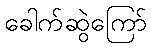
ခေါက်ဆွဲကြော်